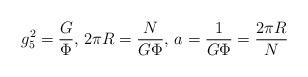
LaTeX: \begin{align*} g_5^2 = \frac{G}{\Phi}, \, 2\pi R = \frac{N}{G\Phi}, \, a = \frac{1}{G \Phi} = \frac{2\pi R}{N}\end{align*}